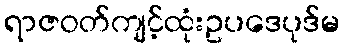
ရာဇဝတ်ကျင့်ထုံးဥပဒေပုဒ်မ